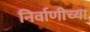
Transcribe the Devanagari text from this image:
निर्वाणीच्या